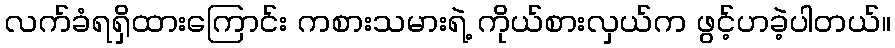
လက်ခံရရှိထားကြောင်း ကစားသမားရဲ့ ကိုယ်စားလှယ်က ဖွင့်ဟခဲ့ပါတယ်။